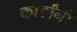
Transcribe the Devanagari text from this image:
कार्डांनी